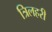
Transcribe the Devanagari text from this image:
त्रिलहरी